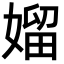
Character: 媹